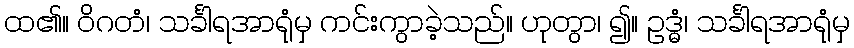
ထ၏။ ဝိဂတံ၊ သင်္ခါရအာရုံမှ ကင်းကွာခဲ့သည်။ ဟုတွာ၊ ၍။ ဥဒ္ဓံ၊ သင်္ခါရအာရုံမှ